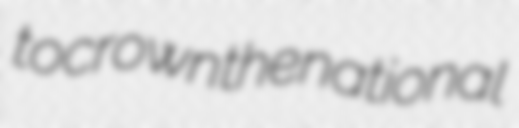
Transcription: to crown the national